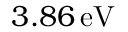
3 . 8 6 \, \mathrm { e V }